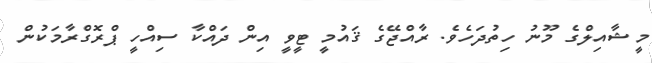
މީޝާއިލްގެ މޫނު ހިތުދަހެވެ. ރާއްޖޭގެ ޤައުމީ ޓީވީ އިން ދައްކާ ސިއްހީ ޕްރޮގްރާމަކުން